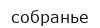
собранье